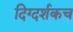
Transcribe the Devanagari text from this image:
दिग्दर्शकच